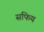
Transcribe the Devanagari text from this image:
सफिय